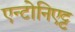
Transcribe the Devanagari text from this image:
एन्टोनिएट्ट